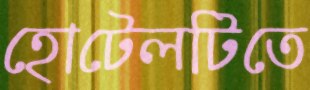
হোটেলটিতে